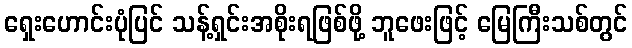
ရှေးဟောင်းပုံပြင် သန့်ရှင်းအစိုးရဖြစ်ဖို့ ဘူဖေးဖြင့် မြေကြီးသစ်တွင်